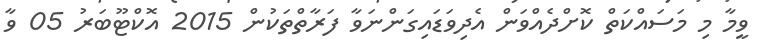
ވީމާ މި މަސައްކަތް ކޮށްދެއްވަން އެދިވަޑައިގަންނަވާ ފަރާތްތަކުން 2015 އޮކްޓޫބަރު 05 ވާ